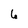
Character: 6